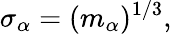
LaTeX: \sigma_{\alpha}=(m_{\alpha})^{1/3},